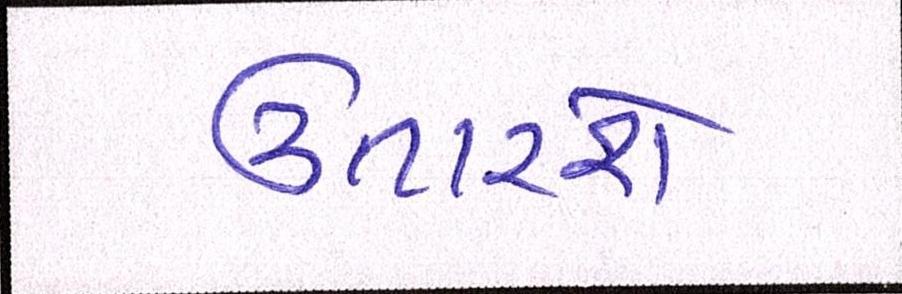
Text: ઉતારશે